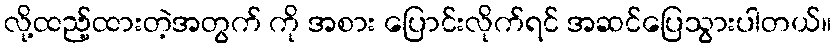
လို့ထည့်ထားတဲ့အတွက် ကို အစား ပြောင်းလိုက်ရင် အဆင်ပြေသွားပါတယ်။